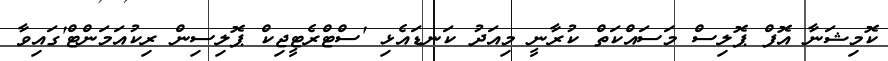
ކޮމިޝަނާ އޮފް ޕޮލިސް މަސައްކަތް ކުރާނީ މިއަދު ކަނޑައެޅި 'ސްޓްރެޓީޖިކް ޕޮލިސިން ރިކުއަމަންޓް'ގައިވާ